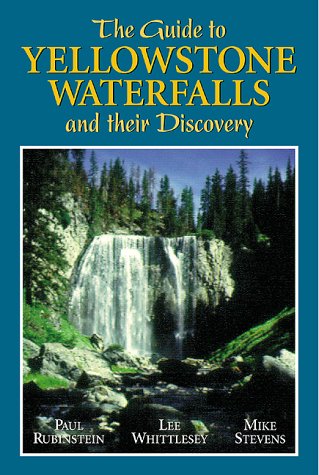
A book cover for The Guide to Yellowstone Waterfalls and Their Discovery; Paul Rubenstein; Travel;